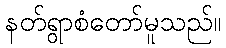
နတ်ရွာစံတော်မူသည်။